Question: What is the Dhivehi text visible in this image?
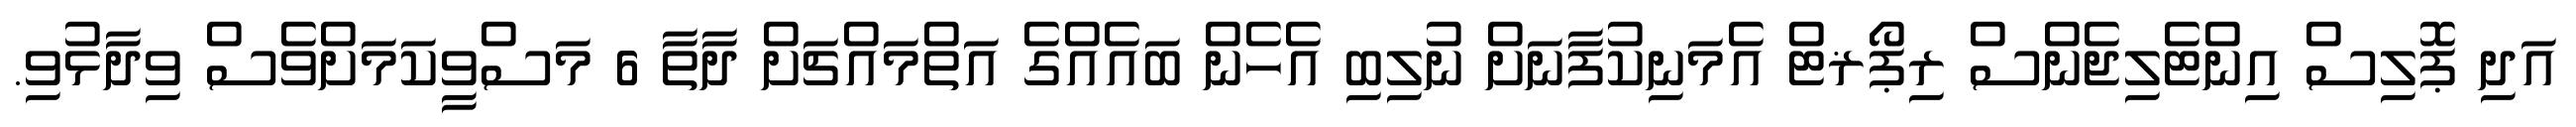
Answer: އަދި ޕޮލިސް އިންޓެލިޖެންސް ރިޕޯޜޓް އެމަނިކުފާނަށް ނުލިބި އެހެން ބައެއްގެ އަތްމައްޗަށް ދާތާ 6 މަސްވީކަމަށްވެސް ވިދާޅުވި.